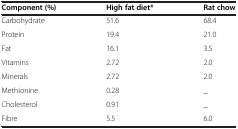
| Component (%) | High fat diet* | Rat chow |
 | --- | --- | --- |
 | Carbohydrate | 51.6 | 68.4 |
 | Protein | 19.4 | 21.0 |
 | Fat | 16.1 | 3.5 |
 | Vitamins | 2.72 | 2.0 |
 | Minerals | 2.72 | 2.0 |
 | Methionine | 0.28 | _ |
 | Cholesterol | 0.91 | _ |
 | Fibre | 5.5 | 6.0 |